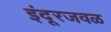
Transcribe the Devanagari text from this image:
इंदूरजवळ